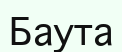
Баута